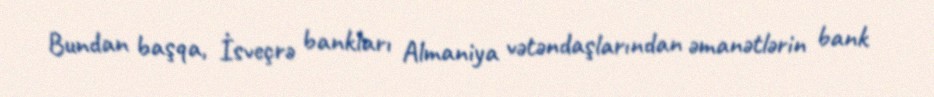
Bundan başqa, İsveçrə bankları Almaniya vətəndaşlarından əmanətlərin bank